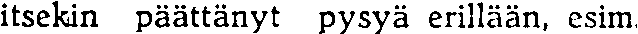
itsekin päättänyt pysyä erillään, esim.